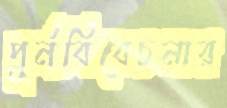
পুর্নবিবেচনার